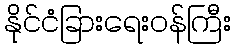
နိုင်ငံခြားရေးဝန်ကြီး